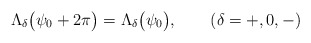
\begin{align*}\Lambda_{\delta} \bigl( \psi_0 +2\pi \bigr) =\Lambda_{\delta} \bigl(\psi_0 \bigr), \qquad (\delta = +, 0, -)\end{align*}